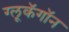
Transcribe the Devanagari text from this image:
ग्लूकॅगॉन